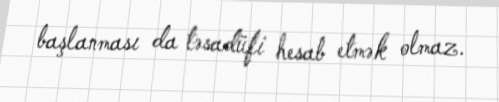
başlanması da təsadüfi hesab etmək olmaz.